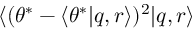
\langle ( \theta ^ { * } - \langle \theta ^ { * } | q , r \rangle ) ^ { 2 } | q , r \rangle